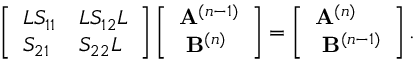
\left[ \begin{array} { l l } { L S _ { 1 1 } } & { L S _ { 1 2 } L } \\ { S _ { 2 1 } } & { S _ { 2 2 } L } \end{array} \right] \left[ \begin{array} { l } { \mathbf { A } ^ { ( n - 1 ) } } \\ { \ \mathbf { B } ^ { ( n ) } } \end{array} \right] = \left[ \begin{array} { l } { \mathbf { A } ^ { ( n ) } } \\ { \ \mathbf { B } ^ { ( n - 1 ) } } \end{array} \right] .